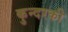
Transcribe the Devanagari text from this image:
कुन्‍दरकी